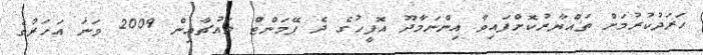
ހަރަދުކުރުމަށް ތައްޔާރުކޮށްފައިވާ އިންނަމާދޫ އޮފީހުގެ ދެ ޕޭމަންޓް ވައުޗާއިން 2009 ވަނަ އަހަރުގެ